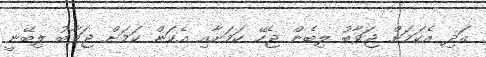
އަދި އެކަމަށް ޖަވާބު ލިބެން ޖެހޭ ކަމަށާއި އެކަން ކަމަށް ޖަވާބު ލިބޭނީ